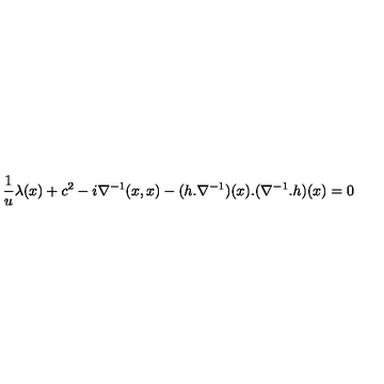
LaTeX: \frac { 1 } { u } \lambda ( x ) + c ^ { 2 } - i \nabla ^ { - 1 } ( x , x ) - ( h . \nabla ^ { - 1 } ) ( x ) . ( \nabla ^ { - 1 } . h ) ( x ) = 0